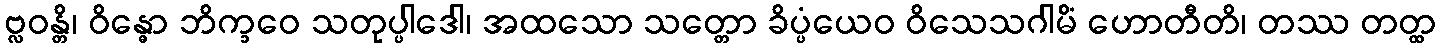
ဗ္လဝန္တိ၊ ဝိန္ဓော ဘိက္ခဝေ သတုပ္ပါဒေါ၊ အထသော သတ္တော ခိပ္ပံယေဝ ဝိသေသဂါမိံ ဟောတီတိ၊ တဿ တတ္ထ